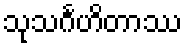
သုသင်္ဂဟိတာဿ